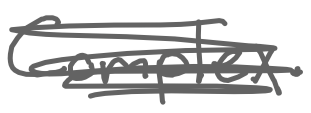
Text: Complex.
Cross-out: scratch
Writing tool: digital_gray